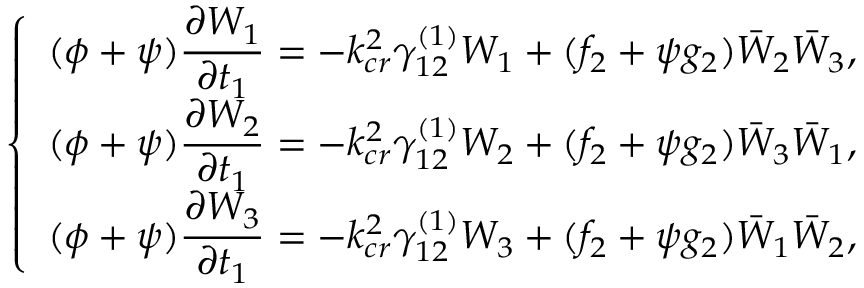
\left\{ \begin{array} { l l } { ( \phi + \psi ) \displaystyle \frac { \partial W _ { 1 } } { \partial t _ { 1 } } = - k _ { c r } ^ { 2 } \gamma _ { 1 2 } ^ { ( 1 ) } W _ { 1 } + ( f _ { 2 } + \psi g _ { 2 } ) \bar { W } _ { 2 } \bar { W } _ { 3 } , } \\ { ( \phi + \psi ) \displaystyle \frac { \partial W _ { 2 } } { \partial t _ { 1 } } = - k _ { c r } ^ { 2 } \gamma _ { 1 2 } ^ { ( 1 ) } W _ { 2 } + ( f _ { 2 } + \psi g _ { 2 } ) \bar { W } _ { 3 } \bar { W } _ { 1 } , } \\ { ( \phi + \psi ) \displaystyle \frac { \partial W _ { 3 } } { \partial t _ { 1 } } = - k _ { c r } ^ { 2 } \gamma _ { 1 2 } ^ { ( 1 ) } W _ { 3 } + ( f _ { 2 } + \psi g _ { 2 } ) \bar { W } _ { 1 } \bar { W } _ { 2 } , } \end{array} \right.